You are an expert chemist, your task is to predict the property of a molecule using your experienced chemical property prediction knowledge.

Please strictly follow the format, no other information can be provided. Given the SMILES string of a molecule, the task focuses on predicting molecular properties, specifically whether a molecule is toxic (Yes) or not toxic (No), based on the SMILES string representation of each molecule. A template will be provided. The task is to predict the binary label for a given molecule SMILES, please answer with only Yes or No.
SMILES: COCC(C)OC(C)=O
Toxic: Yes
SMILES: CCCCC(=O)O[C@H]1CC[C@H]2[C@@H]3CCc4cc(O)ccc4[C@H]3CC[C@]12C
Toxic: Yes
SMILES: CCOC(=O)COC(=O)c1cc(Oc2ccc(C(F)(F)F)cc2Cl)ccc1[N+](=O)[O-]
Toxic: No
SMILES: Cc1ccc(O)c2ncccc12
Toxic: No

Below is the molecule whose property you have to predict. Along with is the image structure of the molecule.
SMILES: O=C(O)[C@@H](O)[C@H](O)[C@H](O)[C@@H](O)C(=O)O
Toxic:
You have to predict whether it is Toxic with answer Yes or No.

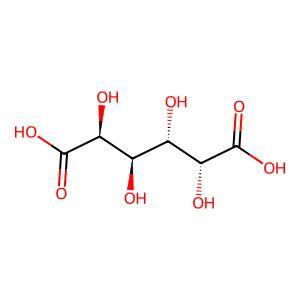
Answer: No